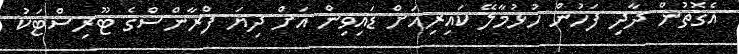
އެގޮތުން ދާދި ފަހުން ހުޅުމާލޭ ކައިރިއަށް ޑައިވިން އަށް ދިޔަ ފްރާންސްގެ ޓޫރިސްޓަކު